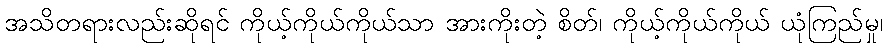
အသိတရားလည်းဆိုရင် ကိုယ့်ကိုယ်ကိုယ်သာ အားကိုးတဲ့ စိတ်၊ ကိုယ့်ကိုယ်ကိုယ် ယုံကြည်မှု၊